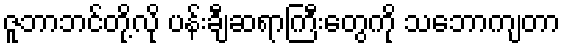
ဇူဘာဘင်တို့လို ပန်းချီဆရာကြီးတွေကို သဘောကျတာ